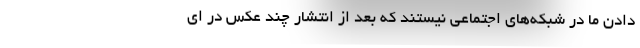
دادن ما در شبکه‌های اجتماعی نیستند که بعد از انتشار چند عکس در ای